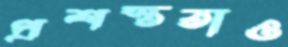
প্রশস্ততাও